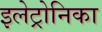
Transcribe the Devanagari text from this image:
इलेट्रोनिका